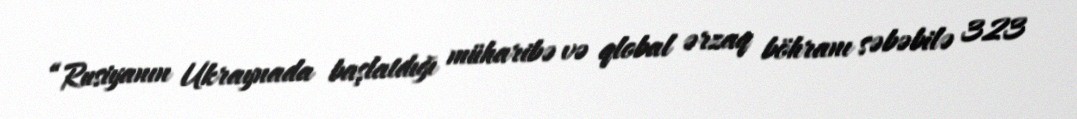
“Rusiyanın Ukraynada başlatdığı müharibə və qlobal ərzaq böhranı səbəbilə 323